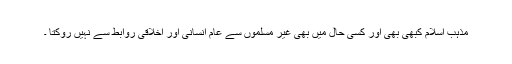
مذہب اسلام کبھی بھی اور کسی حال میں بھی غیر مسلموں سے عام انسانی اور اخلاقی روابط سے نہیں روکتا ۔